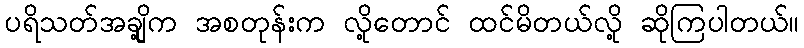
ပရိသတ်အချို့က အစတုန်းက လို့တောင် ထင်မိတယ်လို့ ဆိုကြပါတယ်။